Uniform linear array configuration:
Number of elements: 12
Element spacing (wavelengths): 0.25
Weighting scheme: blackman
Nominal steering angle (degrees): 0
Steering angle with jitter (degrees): -1.569
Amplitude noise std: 0.05
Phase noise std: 0.05

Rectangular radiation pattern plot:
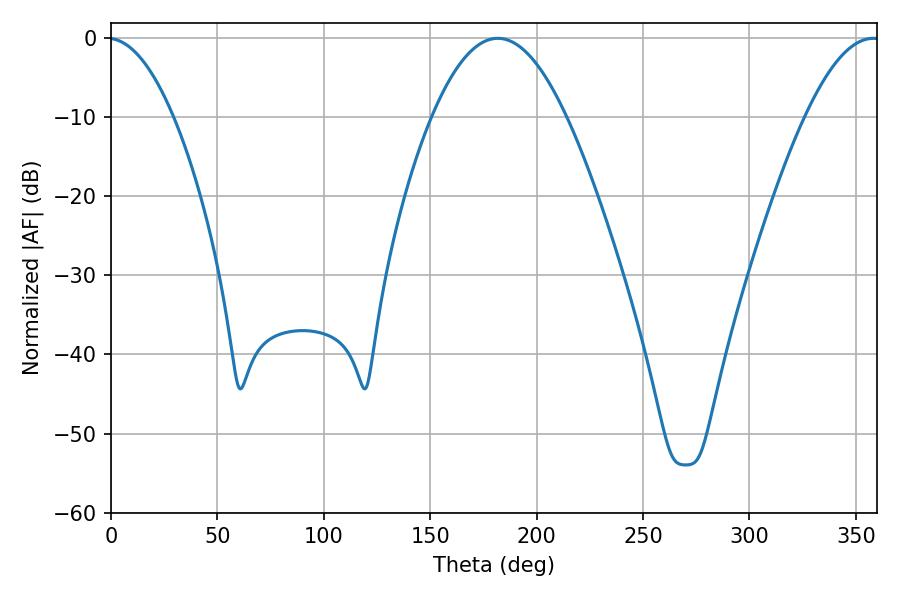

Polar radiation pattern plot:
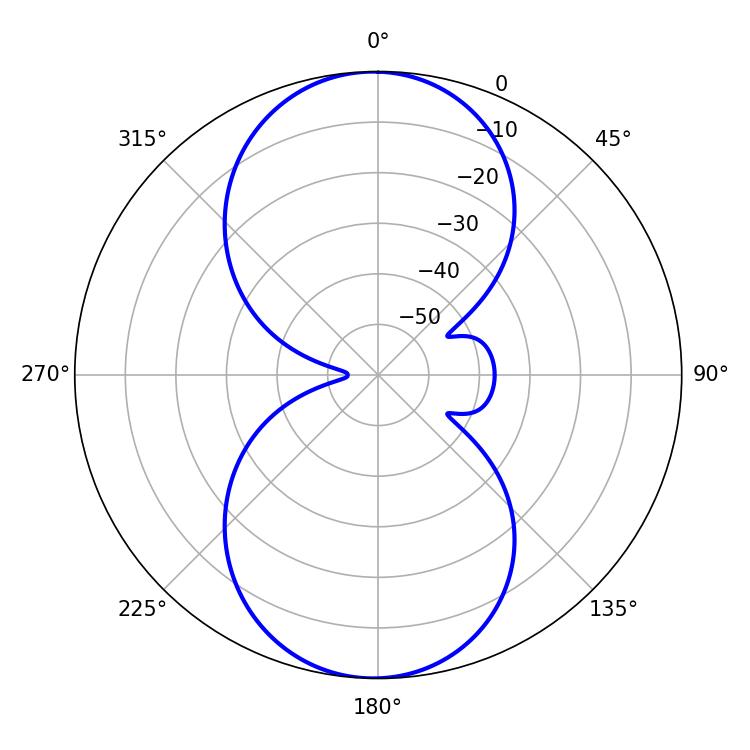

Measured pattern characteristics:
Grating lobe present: FALSE
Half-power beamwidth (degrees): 34.38
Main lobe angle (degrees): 181.8